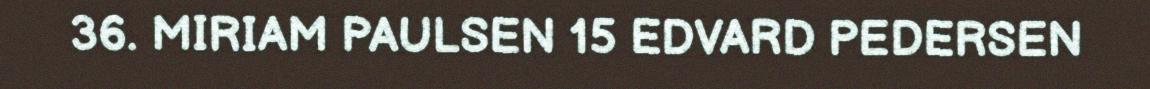
36. MIRIAM PAULSEN 15 EDVARD PEDERSEN